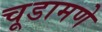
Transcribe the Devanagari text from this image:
चूडामणे